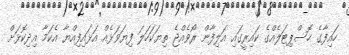
ހައިފާގެ ހޮސްޕިޓަލެއްގެ ކައިރީގައި އަލިފާން ރޯވެއްޖެ ތިޔަކަހަލަ ފިޔަވަޅެއް އަޅައިފިއްޔާ އެކަމާ އިދިކޮޅަށް